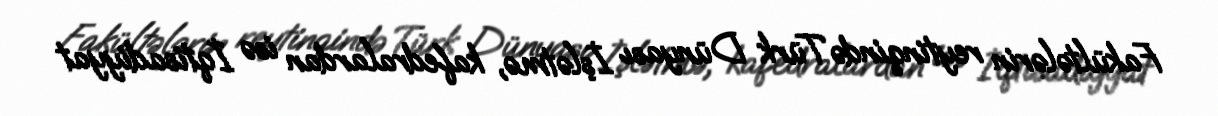
Fakültələrin reytinqində Türk Dünyası İşlətmə, kafedralardan isə İqtisadiyyat